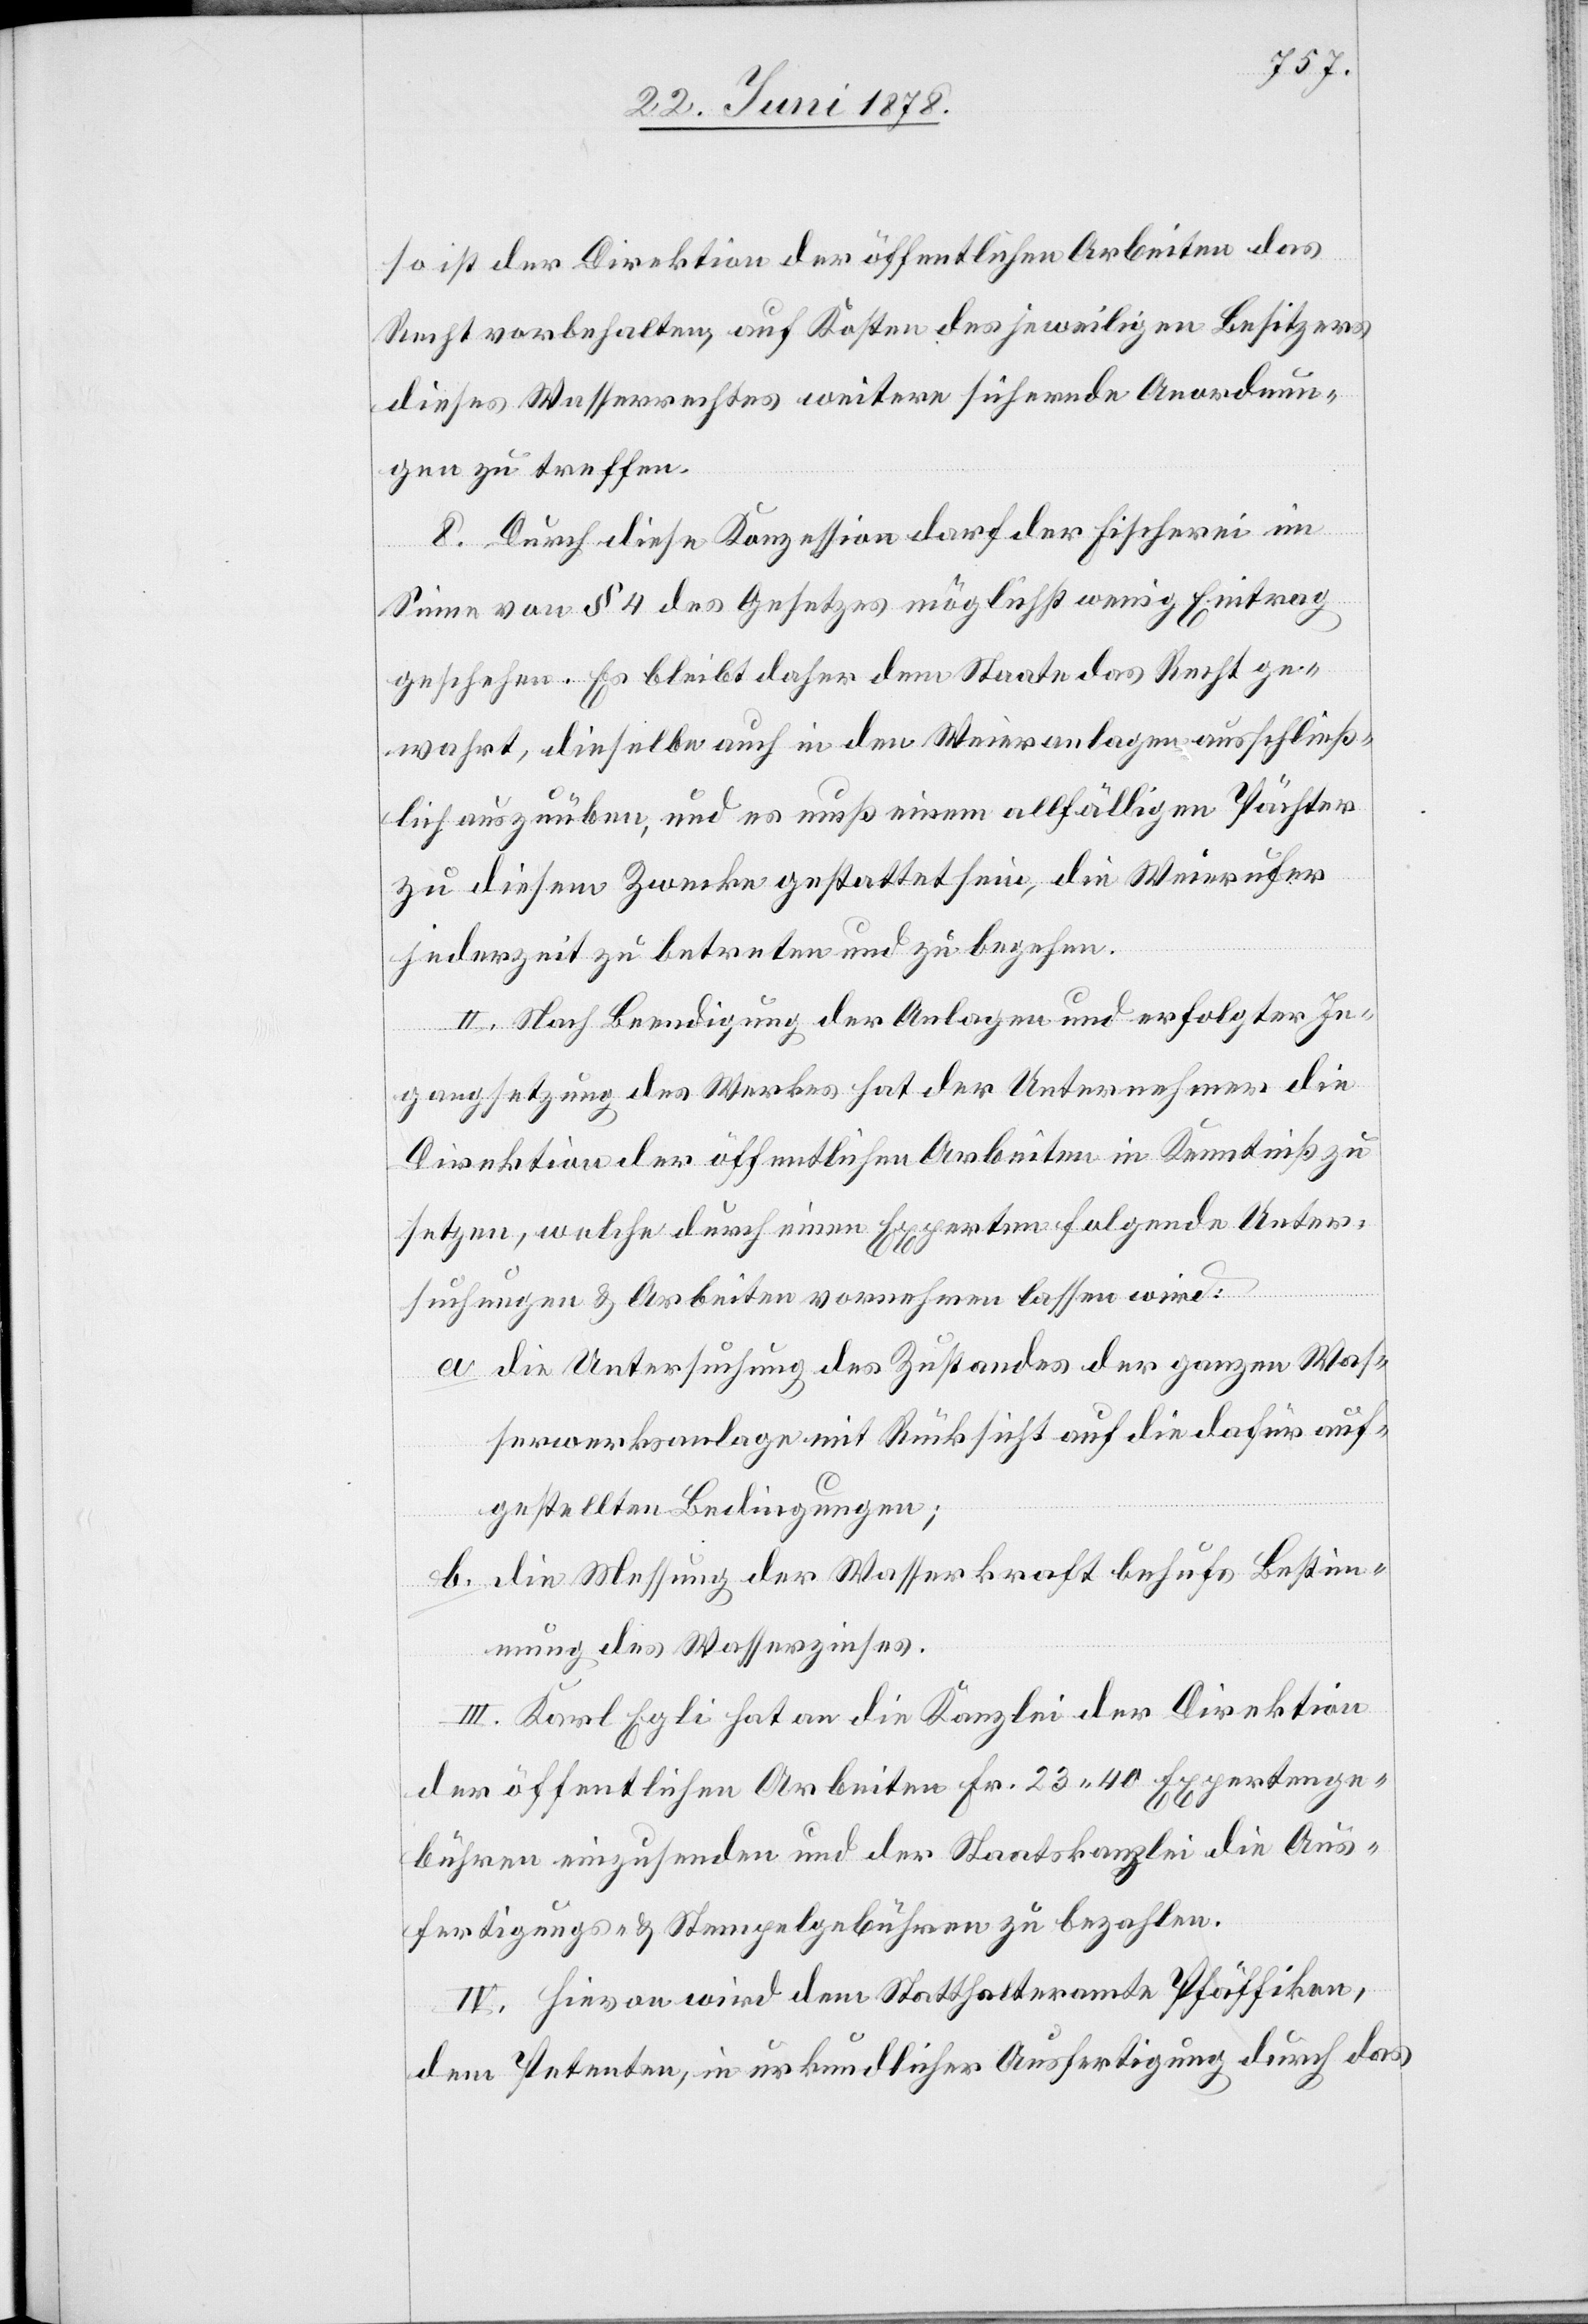
so ist der Direktion der öffentlichen Arbeiten das
Recht vorbehalten, auf Kosten des jeweiligen Besitzers
dieses Wasserrechtes weitere sichernde Anordnun¬
gen zu treffen.
8. Durch diese Konzession darf der Fischerei im
Sinne von § 4 des Gesetzes möglichst wenig Eintrag
geschehen. Es bleibt daher dem Staate das Recht ge¬
wahrt, dieselbe auch in den Weieranlagen ausschließ¬
lich auszuüben, und es muß einem allfälligen Pächter
zu diesem Zwecke gestattet sein, die Weierufer
jederzeit zu betreten und zu begehen.
II. Nach Beendigung der Anlagen und erfolgter In¬
gangsetzung des Werkes hat der Unternehmer die
Direktion der öffentlichen Arbeiten in Kenntniß zu
setzen, welche durch einen Experten folgende Unter¬
suchungen & Arbeiten vornehmen lassen wird:
a. die Untersuchung des Zustandes der ganzen Was¬
serwerksanlage mit Rücksicht auf die dafür auf¬
gestellten Bedingungen;
b. die Messung der Wasserkraft behufs Bestim¬
mung des Wasserzinses.
III. Karl Egli hat an die Kanzlei der Direktion
der öffentlichen Arbeiten Fr. 23. 40 Expertenge¬
bühren einzusenden und der Staatskanzlei die Aus¬
fertigungs- & Stempelgebühren zu bezahlen.
IV. Hievon wird dem Statthalteramte Pfäffikon,
dem Petenten, in urkundlicher Ausfertigung durch das